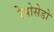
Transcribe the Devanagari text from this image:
रेपोसेडो